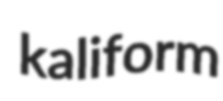
kaliform